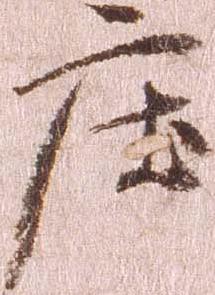
庄